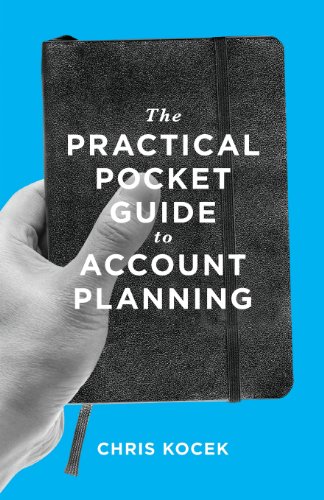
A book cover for The Practical Pocket Guide to Account Planning; Chris Kocek; Business & Money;